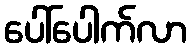
ပေါ်ပေါက်လာ